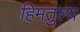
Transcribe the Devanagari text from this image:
हिमतुल्य